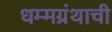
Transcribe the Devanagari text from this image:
धम्मग्रंथाची